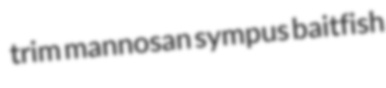
trim mannosan sympus baitfish